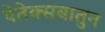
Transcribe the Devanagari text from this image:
पेतेक्सबातुन